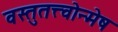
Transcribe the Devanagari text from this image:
वस्तुतत्त्वोन्मेष